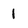
Character: 1